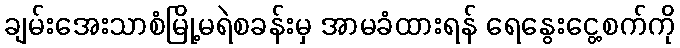
ချမ်းအေးသာစံမြို့မရဲစခန်းမှ အာမခံထားရန် ရေနွေးငွေ့စက်ကို